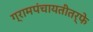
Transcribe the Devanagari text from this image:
ग्रामपंचायतीतर्फे